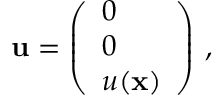
{ \bf u } = \left( \begin{array} { l } { 0 } \\ { 0 } \\ { u ( { \bf x } ) } \end{array} \right) \, ,